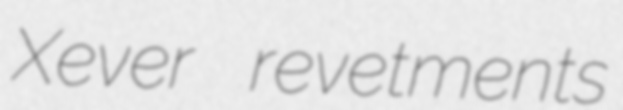
Xever revetments